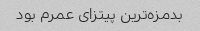
بدمزه‌ترین پیتزای عمرم بود